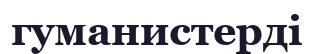
гуманистерді